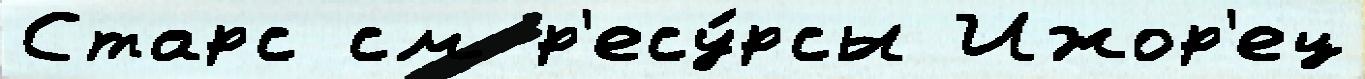
Старс см р'есу́рсы Ижор'ец